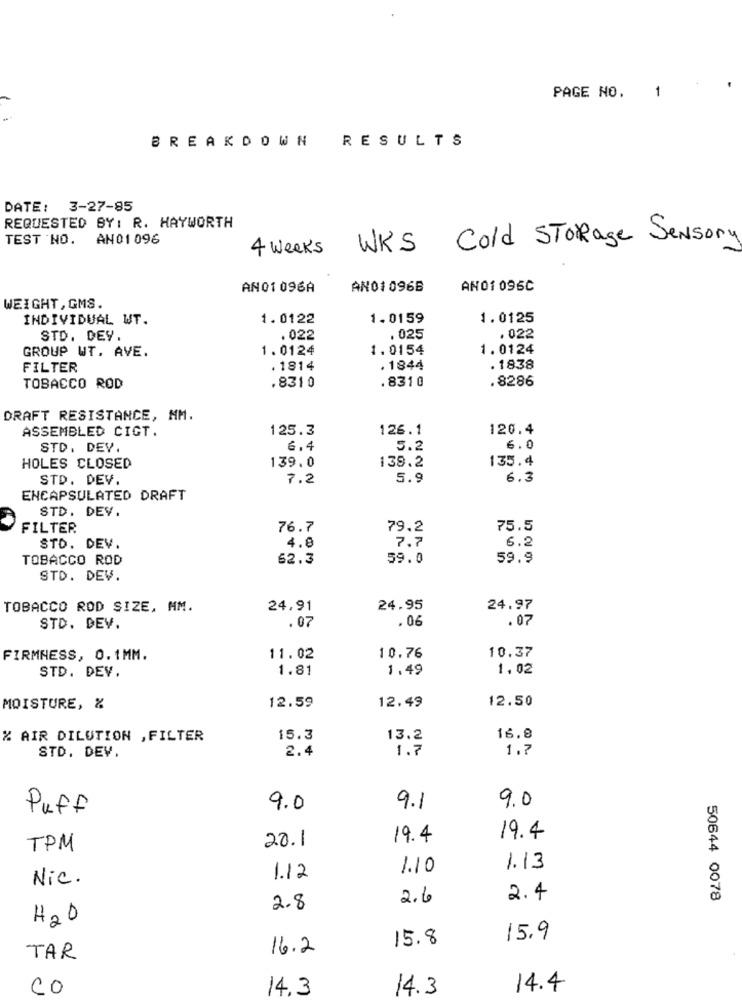
PAGE NO.
1
BREAKDOWN
RESULTS
DATE: 3-27-85
REQUESTED BY: R. HAYWORTH
TEST NO. AN01 096
Cold Storage Sensory
4 weeks
WKS
AN01 096A
AN01 0968
ANO1 096C
WEIGHT, GMS.
INDIVIDUAL WT.
1.0122
1.0159
1.0125
STD. DEY.
. 022
. 025
.022
GROUP WT. AVE.
1.0124
1.0154
1.0124
FILTER
. 1814
. 1844
. 1838
.8310
.8286
TOBACCO ROD
.8310
DRAFT RESISTANCE, MM.
ASSEMBLED CIGT.
125.3
126.1
120.4
STD. DEV.
6,4
5.2
6.0
139.0
135.4
HOLES CLOSED
138.2
STD. DEV.
7.2
5.9
6.3
ENCAPSULATED DRAFT
STD. DEV.
FILTER
76.7
79.2
75.5
7.7
6.2
STD. DEV.
4.8
TOBACCO ROD
62.3
59.0
59.9
STD. DEV.
TOBACCO ROD SIZE, MM.
24,91
24.95
24.97
.06
.07
STD. DEV.
.07
10.37
FIRMNESS, 0.1MM.
11.02
10.76
STD. DEV.
1.81
1.49
1,02
12.59
12.49
12.50
MOISTURE, &
% AIR DILUTION , FILTER
15.3
13.2
16.8
2.4
1.7
1.7
STD. DEV.
9.0
Puff
9.0
9.1
20.1
19.4
19.4
TPM
1.10
1.13
Nic.
1.12
2.6
2.4
50644 0078
2.8
H2O
15.8
15.9
16.2
TAR
Co
14.3
14.3
14.4